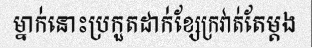
ម្នាក់នោះប្រកួតដាក់ខ្សែក្រវាត់តែម្តង